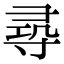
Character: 𡬶